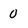
Character: 0